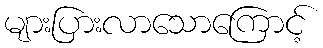
များပြားလာသောကြောင့်